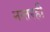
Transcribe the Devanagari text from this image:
नन्तरही